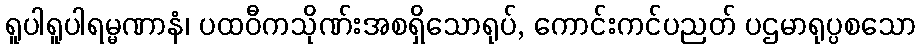
ရူပါရူပါရမ္မဏာနံ၊ ပထဝီကသိုဏ်းအစရှိသောရုပ်, ကောင်းကင်ပညတ် ပဌမာရုပ္ပစသော